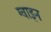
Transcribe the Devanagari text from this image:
ग्वाइन